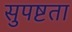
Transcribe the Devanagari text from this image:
सुपष्टता